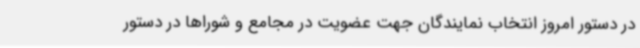
در دستور امروز انتخاب نمایندگان جهت عضویت در مجامع و شوراها در دستور